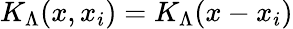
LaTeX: K_{\Lambda}(x,x_{i})=K_{\Lambda}(x-x_{i})